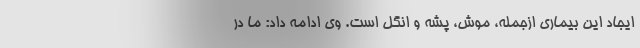
ایجاد این بیماری ازجمله، موش، پشه و انگل است. وی ادامه داد: ما در